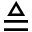
\triangleq